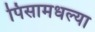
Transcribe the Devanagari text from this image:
पिसामधल्या